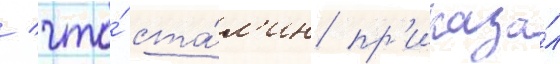
/ что́ ста́л'ин пр'иказа́л